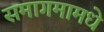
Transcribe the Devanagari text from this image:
समागमामधे